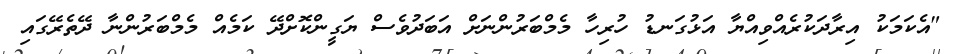
"އެކަމަކު އިރާދަކުރެއްވިއްޔާ އަޅުގަނޑު ހުރިހާ މެމްބަރުންނަށް އަބަދުވެސް ޔަގީންކޮށްދޭ ކަމެއް މެމްބަރުންނާ ދޭތެރޭގައި